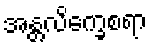
အန္တလိက္ခေစရာ